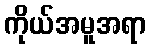
ကိုယ်အမူအရာ